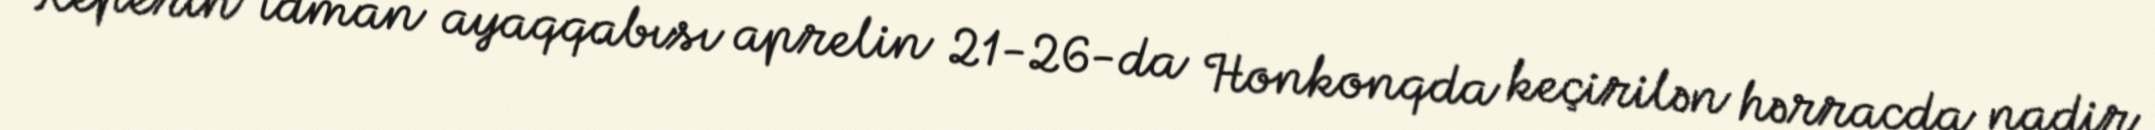
Reperin idman ayaqqabısı aprelin 21-26-da Honkonqda keçirilən hərracda nadir